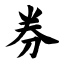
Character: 券